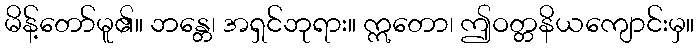
မိန့်တော်မူ၏။ ဘန္တေ၊ အရှင်ဘုရား။ ဣတော၊ ဤဝတ္တနိယကျောင်းမှ။